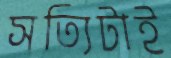
সত্যিটাই